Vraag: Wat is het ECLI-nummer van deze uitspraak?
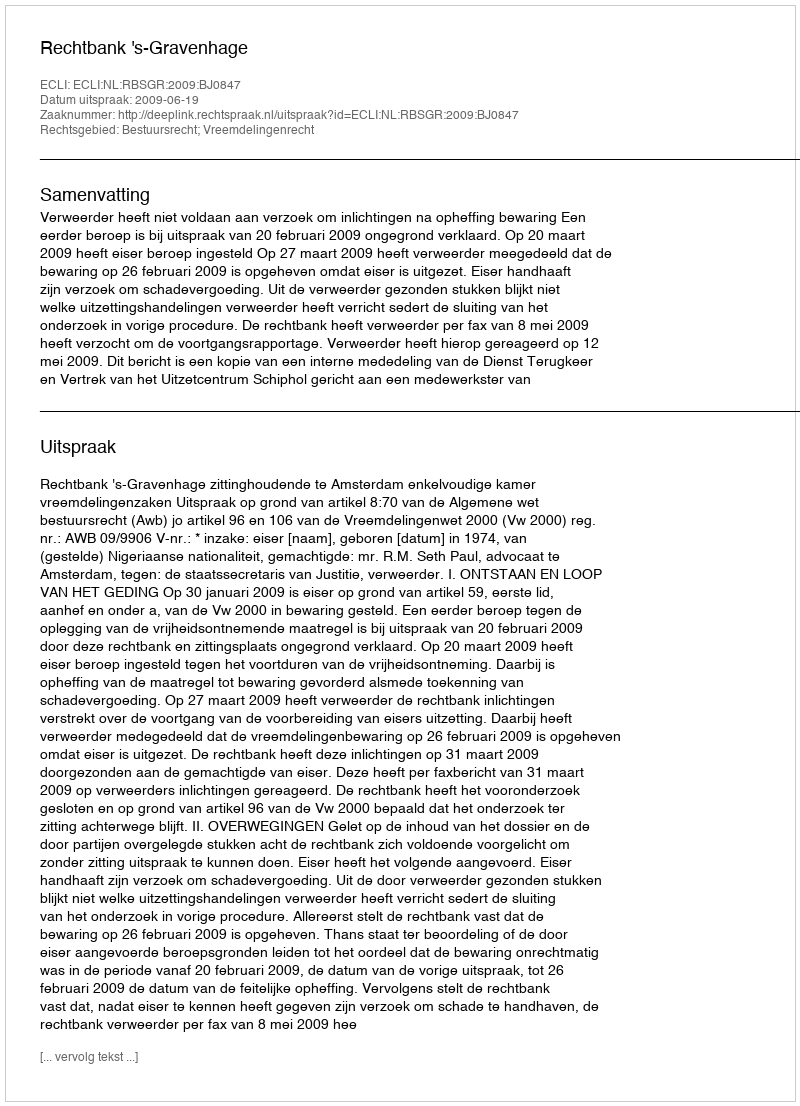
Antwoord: ECLI:NL:RBSGR:2009:BJ0847